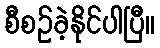
စီစဉ်ခဲ့နိုင်ပါပြီ။